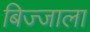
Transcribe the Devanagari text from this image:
बिज्जाला